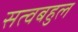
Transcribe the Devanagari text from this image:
सत्वबहुल